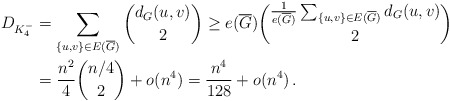
\begin{align*}D_{K_4^-}&= \sum_{\left\{u,v\right\}\in E(\overline{G})}\binom{d_G(u,v)}{2} \geq e(\overline{G})\binom{\frac{1}{e(\overline{G})}\sum_{\left\{u,v\right\}\in E(\overline{G})}d_G(u,v)}{2}\\&=\frac{n^2}{4}\binom{n/4}{2}+o(n^4)=\frac{n^4}{128}+o(n^4) \,. \end{align*}